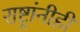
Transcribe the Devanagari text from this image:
राष्ट्रांनीही